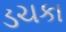
ડચકા